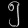
Digit: ၅